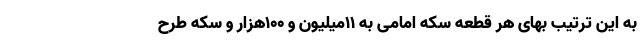
به این ترتیب بهای هر قطعه سکه امامی به ۱۱میلیون و ۱۰۰هزار و سکه طرح